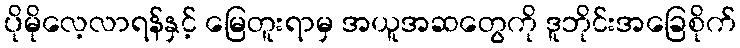
ပိုမိုလေ့လာရန်နှင့် မြေတူးရာမှ အယူအဆတွေကို ဒူဘိုင်းအခြေစိုက်